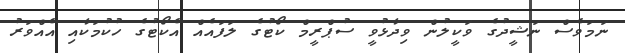
ނަމަވެސް ނަޝީދުގެ ވަކީލުން ވިދާޅުވީ ސުޕްރީމް ކޯޓުގެ ލަފައެއް އެކޯޓުގެ ހުކުމަކާއި އެއްވަރު